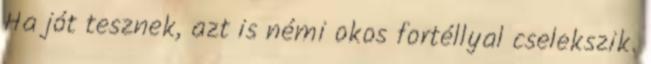
Ha jót tesznek, azt is némi okos fortéllyal cselekszik.